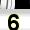
Digit: 6